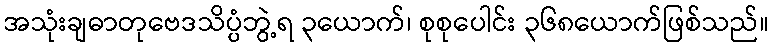
အသုံးချဓာတုဗေဒသိပ္ပံဘွဲ့ရ ၃ယောက်၊ စုစုပေါင်း ၃၆၈ယောက်ဖြစ်သည်။